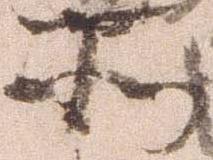
所